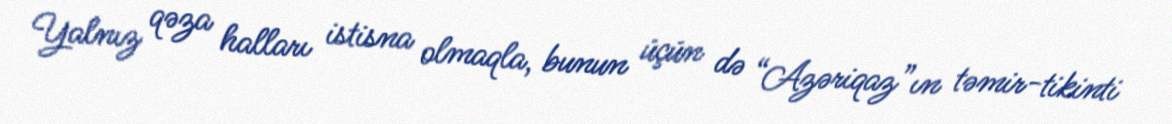
Yalnız qəza halları istisna olmaqla, bunun üçün də “Azəriqaz”ın təmir-tikinti